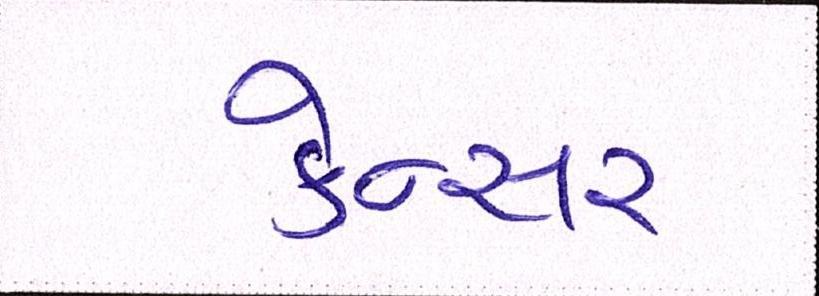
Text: કેન્સર